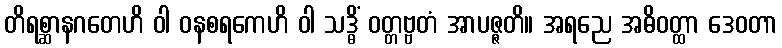
တိရစ္ဆာနဂတေဟိ ဝါ ဝနစရကေဟိ ဝါ သဒ္ဓိံ ဝတ္တဗ္ဗတံ အာပဇ္ဇတိ။ အရညေ အဓိဝတ္ထာ ဒေဝတာ